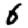
Digit: 6